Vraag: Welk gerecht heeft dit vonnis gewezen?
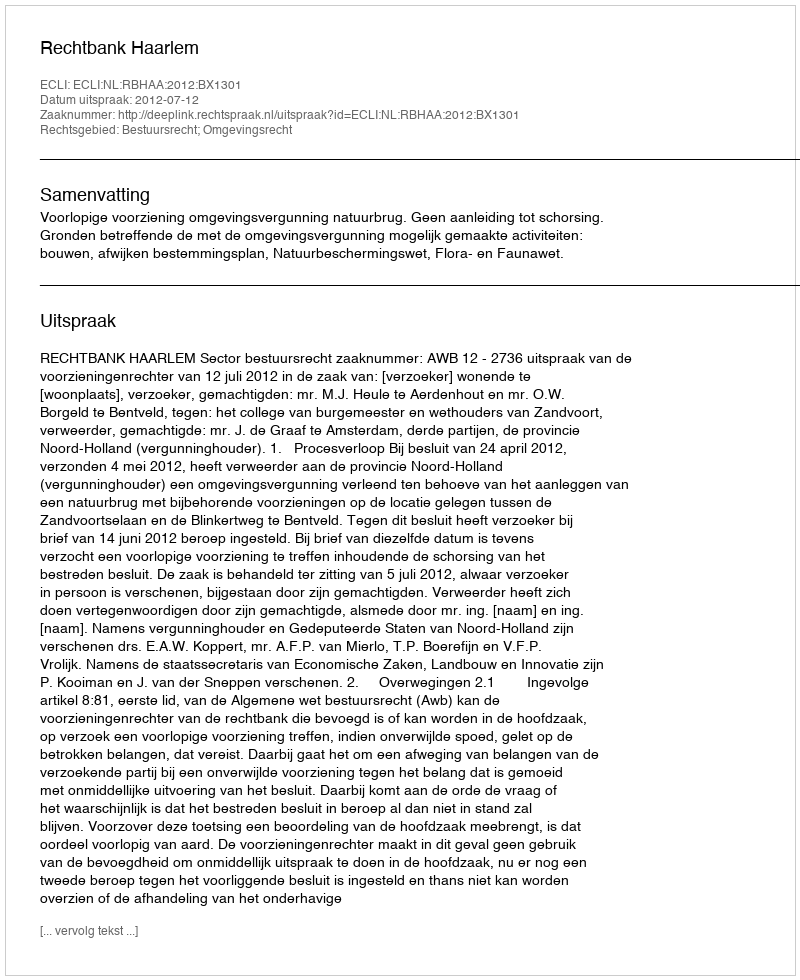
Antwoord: Rechtbank Haarlem